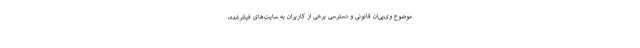
موضوع وی‌پی‌ان قانونی و دسترسی برخی از کاربران به سایت‌های فیلترشده،